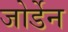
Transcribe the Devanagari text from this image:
जोर्डेन